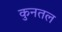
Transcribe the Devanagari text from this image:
कुनतल